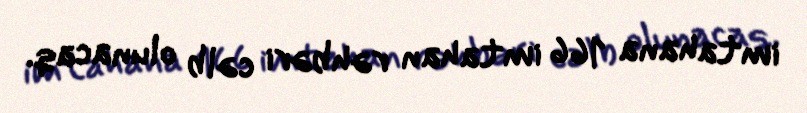
imtahana 166 imtahan rəhbəri cəlb olunacaq.